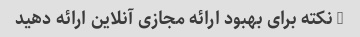
3 نکته برای بهبود ارائه مجازی آنلاین ارائه دهید